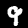
Label: 9